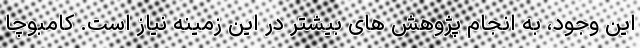
این وجود، به انجام پژوهش های بیشتر در این زمینه نیاز است. کامبوچا